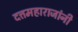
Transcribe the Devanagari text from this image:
दत्तमहाराजांनी